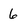
Character: 6